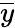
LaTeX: \overline{y}